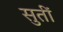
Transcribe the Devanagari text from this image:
सुतीं